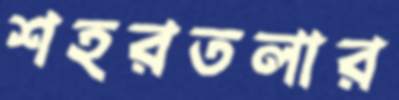
শহরতলার